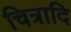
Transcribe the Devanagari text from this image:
चित्रादि